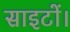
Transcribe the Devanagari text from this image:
साइटों।